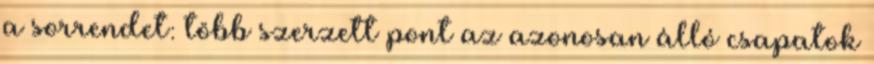
a sorrendet: több szerzett pont az azonosan álló csapatok